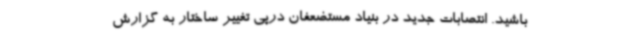
باشید. انتصابات جدید در بنیاد مستضعفان درپی تغییر ساختار به گزارش